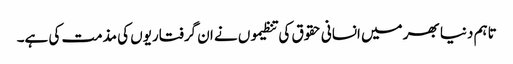
تاہم دنیا بھر میں انسانی حقوق کی تنظیموں نے ان گرفتاریوں کی مذمت کی ہے۔